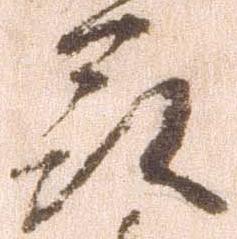
州